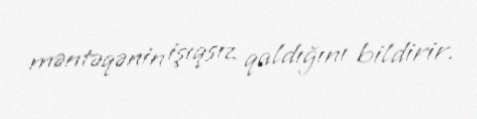
məntəqənin işıqsız qaldığını bildirir.